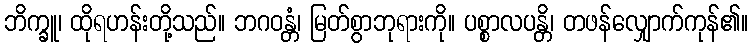
ဘိက္ခူ၊ ထိုရဟန်းတို့သည်။ ဘဂဝန္တံ၊ မြတ်စွာဘုရားကို။ ပစ္စာလပန္တိ၊ တဖန်လျှောက်ကုန်၏။